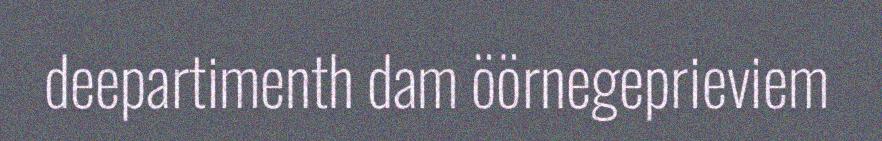
deepartimenth dam öörnegeprieviem